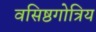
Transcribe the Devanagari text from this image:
वसिष्ठगोत्रिय